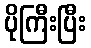
ပိုကြီးပြီး